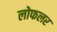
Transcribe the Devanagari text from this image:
लोफलर